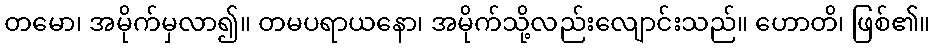
တမော၊ အမိုက်မှလာ၍။ တမပရာယနော၊ အမိုက်သို့လည်းလျောင်းသည်။ ဟောတိ၊ ဖြစ်၏။